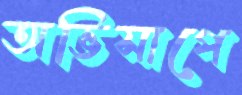
অভিসাপে